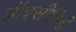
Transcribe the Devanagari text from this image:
ऑक्सीनिडी